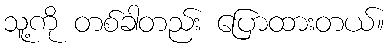
သူ့ကို တစ်ခါတည်း ပြောထားတယ်။